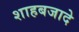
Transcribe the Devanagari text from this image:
शाहबजादे